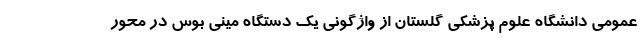
عمومی دانشگاه علوم پزشکی گلستان از واژگونی یک دستگاه مینی بوس در محور